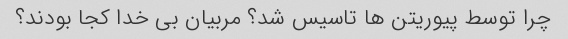
چرا توسط پیوریتن ها تاسیس شد؟ مربیان بی خدا کجا بودند؟